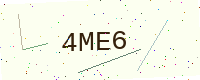
Text: 4ME6